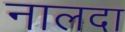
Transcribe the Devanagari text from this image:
नालदा